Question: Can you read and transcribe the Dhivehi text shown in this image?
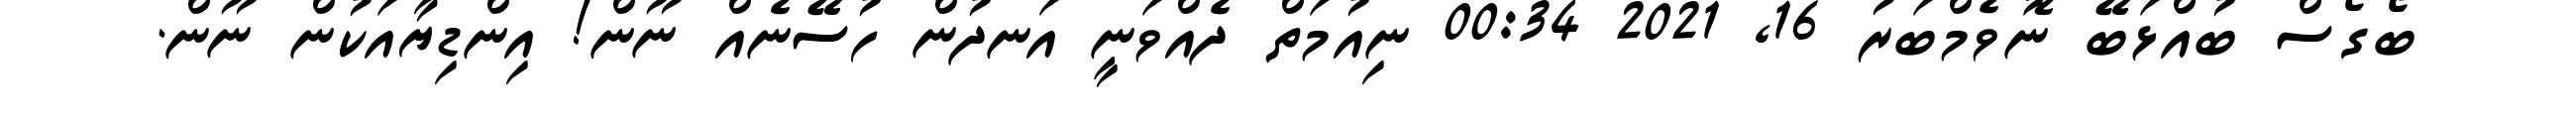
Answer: ބޯގޯސް ބުއްޅަބޭ ނޮވެމްބަރު 16, 2021 00:34 ނިއުމަތް ދެއްވަނީ އަނދުން ހުސޭނެއް ނޫން! އިންޑިޔާއަކުން ނޫން.